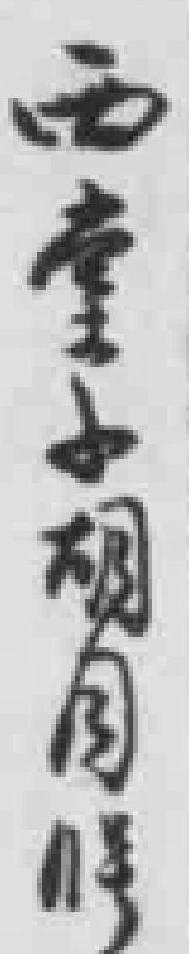
西堂子胡同11号